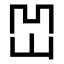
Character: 𡶓